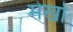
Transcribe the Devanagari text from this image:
मेखो